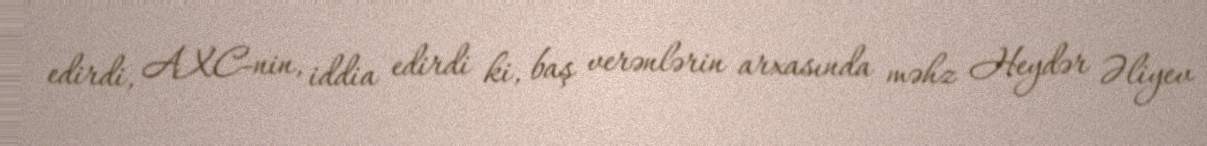
edirdi, AXC-nin, iddia edirdi ki, baş verənlərin arxasında məhz Heydər Əliyev